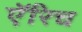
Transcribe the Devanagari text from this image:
ऍरिच